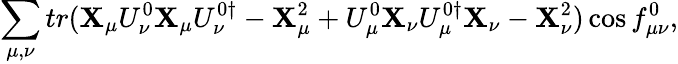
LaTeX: \sum_{\mu,\nu}{tr(\mathbf{X}_{\mu}U_{\nu}^{0}\mathbf{X}_{\mu}U_{\nu}^{0\dagger}-\mathbf{X}_{\mu}^{2}+U_{\mu}^{0}\mathbf{X}_{\nu}U_{\mu}^{0\dagger}\mathbf{X}_{\nu}-\mathbf{X}_{\nu}^{2})\cos{f_{\mu\nu}^{0}}},